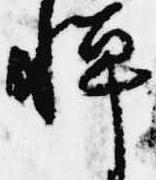
憚